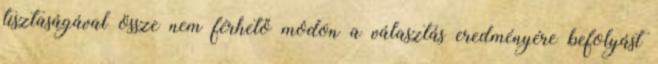
tisztaságával össze nem férhető módon a választás eredményére befolyást